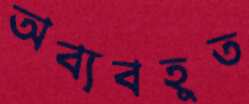
অব্যবহূত